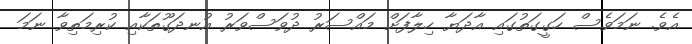
އެވެ. ނަމަވެސް ހަގީގަތުގައި އާދަޔާ ހިލާފަށް މައްސަރު ދުވަސްވަރު އުނދަގޫތަކާއި ކުރިމަތިވާ ނަމަ